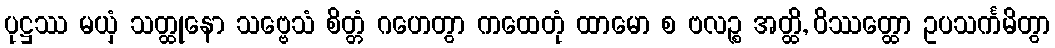
ပုဋ္ဌဿ မယှံ သတ္ထုနော သဗ္ဗေသံ စိတ္တံ ဂဟေတွာ ကထေတုံ ထာမော စ ဗလဉ္စ အတ္ထိ, ဝိဿတ္ထော ဥပသင်္ကမိတွာ